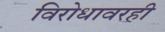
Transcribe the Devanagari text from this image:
विरोधावरही